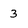
Character: 3